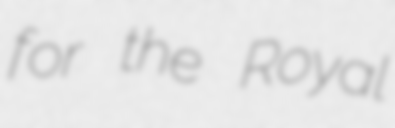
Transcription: for the Royal